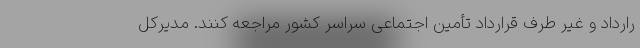
رارداد و غیر طرف قرارداد تأمین اجتماعی سراسر کشور مراجعه کنند. مدیرکل